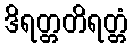
ဒိရတ္တတိရတ္တံ